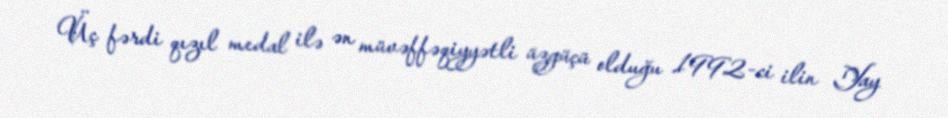
Üç fərdi qızıl medal ilə ən müvəffəqiyyətli üzgüçü olduğu 1992-ci ilin Yay